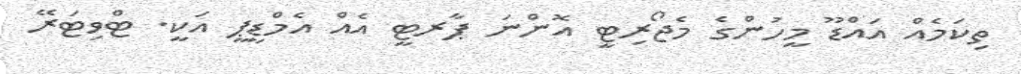
ތިކަމެއް އައްޑޫ މީހުންގެ މެޖޯރިޓީ އޮންނަ ޕާރޓީ އެއް އެމްޑީޕީ އަކީ. ޓްވިޓަރޭ